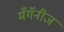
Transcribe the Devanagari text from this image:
मँगॅनीज